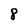
Character: 8